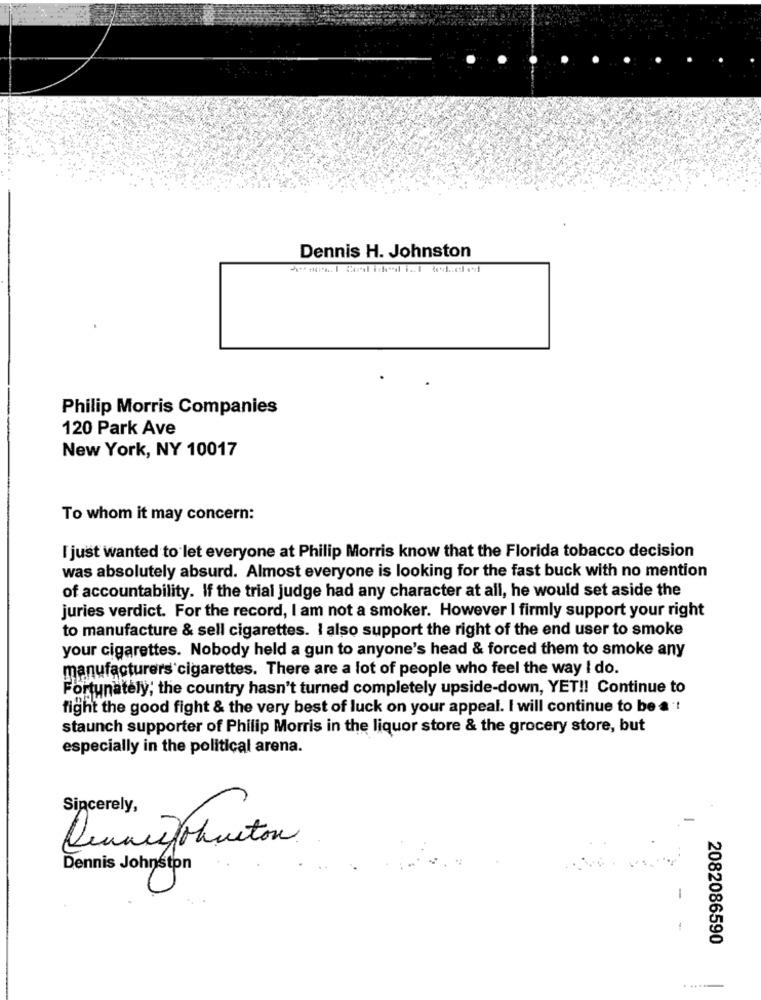
Dennis H. Johnston
Philip Morris Companies
120 Park Ave
New York, NY 10017
To whom it may concern:
I just wanted to let everyone at Philip Morris know that the Florida tobacco decision
was absolutely absurd. Almost everyone is looking for the fast buck with no mention
of accountability. If the trial judge had any character at all, he would set aside the
juries verdict. For the record, I am not a smoker. However I firmly support your right
to manufacture & sell cigarettes. I also support the right of the end user to smoke
your cigarettes. Nobody held a gun to anyone's head & forced them to smoke any
manufacturers cigarettes. There are a lot of people who feel the way I do.
Fortunately; the country hasn't turned completely upside-down, YET !! Continue to
fight the good fight & the very best of luck on your appeal. I will continue to be a'!
staunch supporter of Philip Morris in the liquor store & the grocery store, but
especially in the political arena.
Sincerely,
Quincy ohneton
Dennis Johnston
2082086590
.....